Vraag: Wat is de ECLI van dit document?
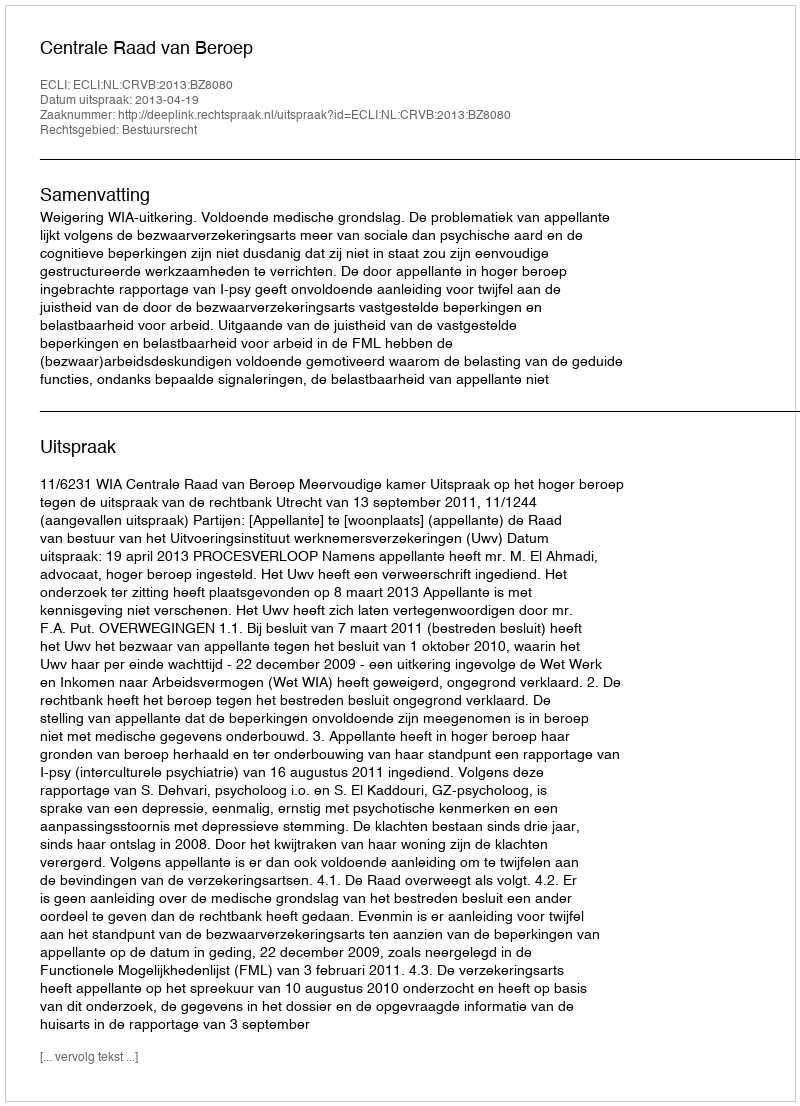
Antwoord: ECLI:NL:CRVB:2013:BZ8080